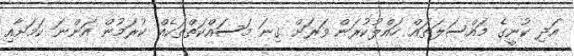
އަދި ކުނީގެ މައްސަލަތައް ހައްލުކުރަން ވަރަށް ގިނަ މަސައްކަތްތަކެއް ކުރަމުން އަންނަ ކަމަށާއި